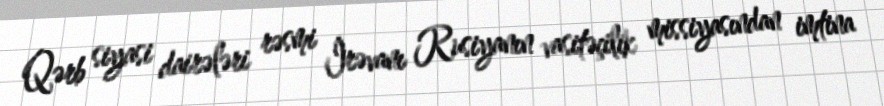
Qərb siyasi dairələri rəsmi İrəvanı Rusiyanın vasitəçilik missiyasından imtina